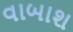
વાબાશ